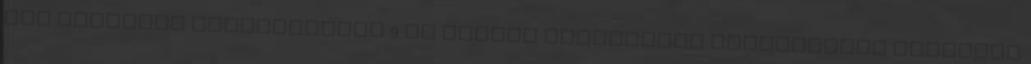
már tartósan álláskeresők 9 Az elvárt eredmények Indikátorok Budapest